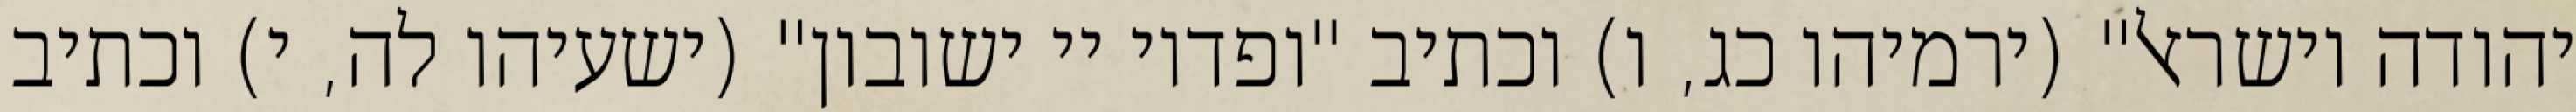
יהודה וישראל" (ירמיהו כג, ו) וכתיב "ופדוי יי ישובון" (ישעיהו לה, י) וכתיב